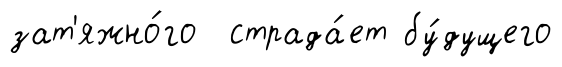
зат'яжно́го страда́ет бу́дущего